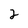
Character: 2